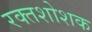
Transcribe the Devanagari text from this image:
रक्तशोशक